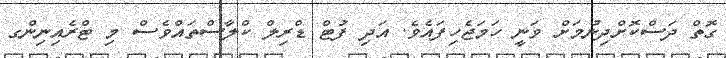
ގޮތް ދަސްކޮށްދިނުމަށް ވަނީ ހަމަޖެހިފައެވެ. އަދި ފުޓް ޑްރިލް ކްލާސްތައްވެސް މި ޓްރެއިނިންގ